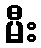
မီး